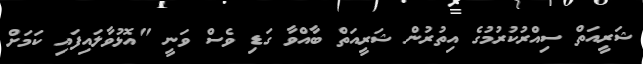
ޝަރީއަތް ސިއްރުކުރުމުގެ އިތުރުން ޝަރީއަތް ބާއްވާ ގަޑި ވެސް ވަނީ "އޮޅުވާލައިފައި ކަމަށް